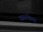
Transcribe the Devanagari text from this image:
छळकेला